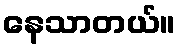
နေသာတယ်။